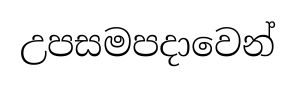
උපසමපදාවෙන්